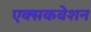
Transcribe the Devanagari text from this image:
एक्सकवेशन